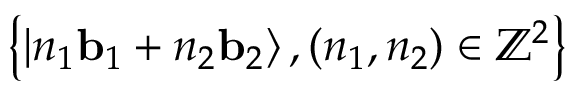
\left\{ \left| n _ { 1 } \mathbf { b } _ { 1 } + n _ { 2 } \mathbf { b } _ { 2 } \right\rangle , ( n _ { 1 } , n _ { 2 } ) \in \mathbb { Z } ^ { 2 } \right\}